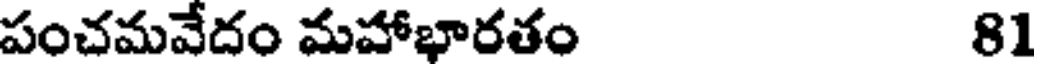
పంచమవేదం మహాభారతం 81